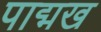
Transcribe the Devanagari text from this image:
पाद्मख